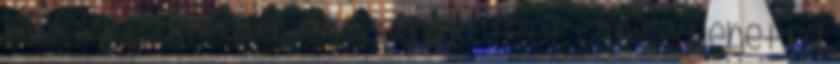
kimész a kamrába. Behozod a kötelet. Szükség lehet rá.